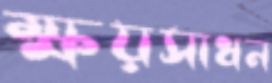
ক্ষয়সাধন